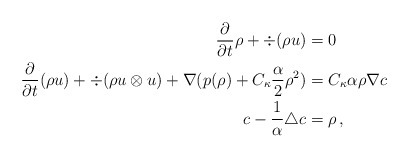
\begin{align*} \frac{\partial}{\partial t} \rho + \div(\rho u) &=0\\\frac{\partial}{\partial t} (\rho u) + \div (\rho u \otimes u) + \nabla (p(\rho) + C_\kappa \frac{\alpha}{2} \rho^2)&= C_\kappa\alpha \rho \nabla c\\ c - \frac{1}{\alpha}\triangle c &= \rho\, , \end{align*}